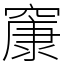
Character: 䆲